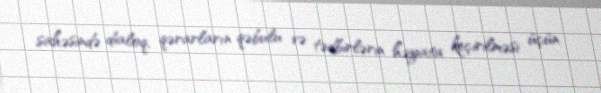
sahəsində dialoq, qərarların qəbulu və tədbirlərin həyata keçirilməsi üçün